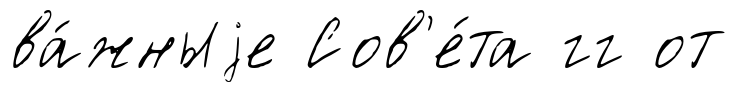
ва́жныjе Сов'е́та гг от